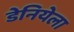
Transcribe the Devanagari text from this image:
डेनियेला